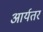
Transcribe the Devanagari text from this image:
आर्यतर